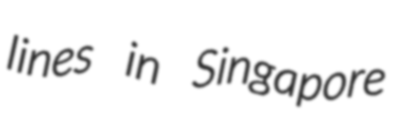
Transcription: lines in Singapore